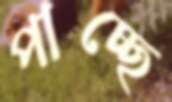
পাচ্ছে